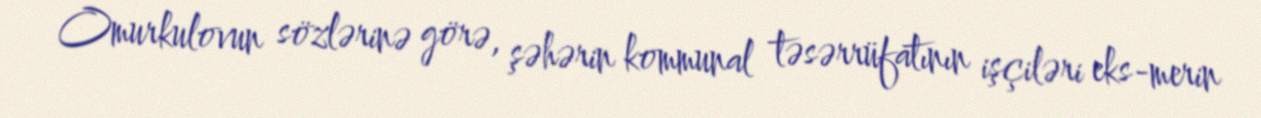
Omurkulovun sözlərinə görə, şəhərin kommunal təsərrüfatının işçiləri eks-merin